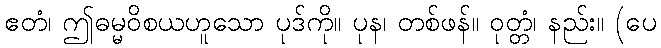
ဧတံ၊ ဤဓမ္မဝိစယဟူသော ပုဒ်ကို။ ပုန၊ တစ်ဖန်။ ဝုတ္တံ၊ နည်း။ (ပေ